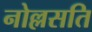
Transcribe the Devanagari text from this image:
नोल्लसति